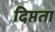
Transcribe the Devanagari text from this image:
दिप्तता